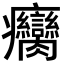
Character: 癵